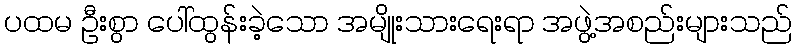
ပထမ ဦးစွာ ပေါ်ထွန်းခဲ့သော အမျိုးသားရေးရာ အဖွဲ့အစည်းများသည်